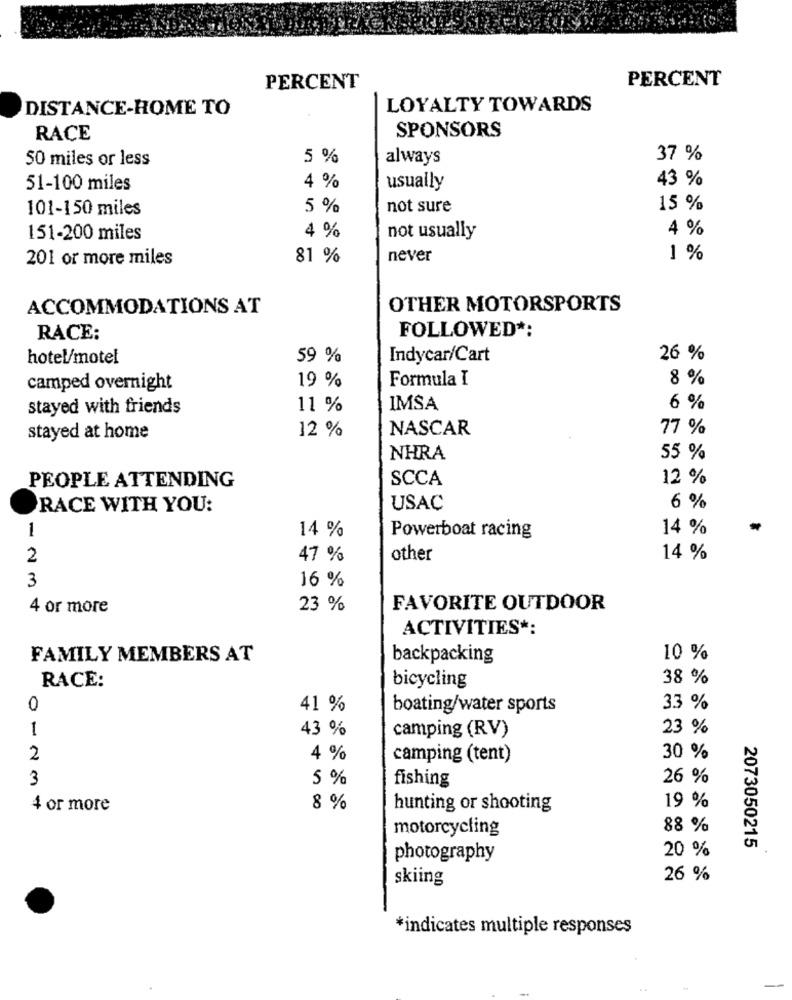
PERCENT
PERCENT
DISTANCE-HOME TO
LOYALTY TOWARDS
RACE
SPONSORS
50 miles or less
5 %
always
37 %
43 %
51-100 miles
4 %
usually
101-150 miles
5 %
not sure
15 %
4 %
151-200 miles
4 %
not usually
201 or more miles
81 %
never
1 %
ACCOMMODATIONS AT
OTHER MOTORSPORTS
RACE:
FOLLOWED *:
hotel/motel
59 %
Indycar/Cart
26 %
19 %
8 %
camped overnight
Formula I
stayed with friends
11 %
IMSA
6 %
12 %
NASCAR
77 %
stayed at home
NHRA
55 %
PEOPLE ATTENDING
SCCA
12 %
RACE WITH YOU:
USAC
6 %
1
14 %
14 %
-
Powerboat racing
2
47 %
other
14 %
3
16 %
4 or more
23 %
FAVORITE OUTDOOR
ACTIVITIES *:
FAMILY MEMBERS AT
backpacking
10 %
38 %
RACE:
bicycling
0
41 %
boating/water sports
33 %
1
43 %
camping (RV)
23 %
2
4 %
camping (tent)
30 %
3
5 %
fishing
26 %
4 or more
8 %
hunting or shooting
19 %
motorcycling
88 %
20 %
2073050215
photography
skiing
26 %
*indicates multiple responses
..